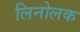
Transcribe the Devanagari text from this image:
लिनोलक